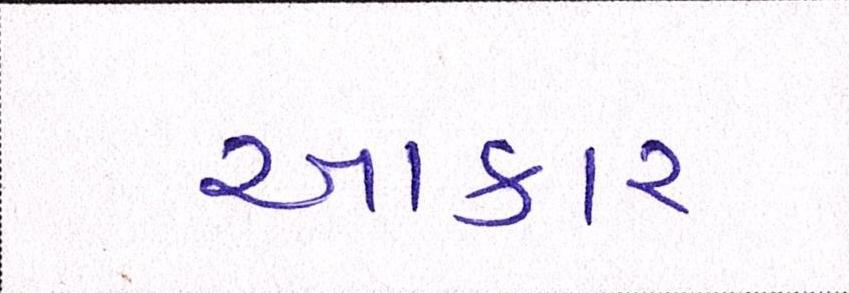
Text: આકાર